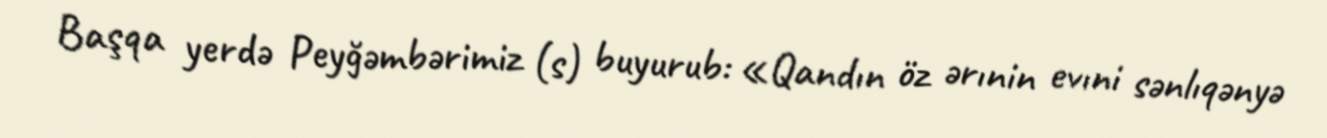
Başqa yerdə Peyğəmbərimiz (s) buyurub: «Qandın öz ərınin evıni sənlıqənyə